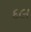
દલ